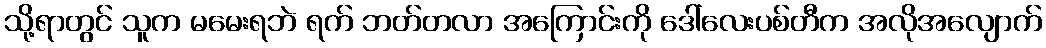
သို့ရာတွင် သူက မမေးရဘဲ ရက် ဘတ်တလာ အကြောင်းကို ဒေါ်လေးပစ်တီက အလိုအလျောက်